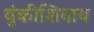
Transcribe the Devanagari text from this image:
थुंकीशिवाय